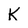
Character: K